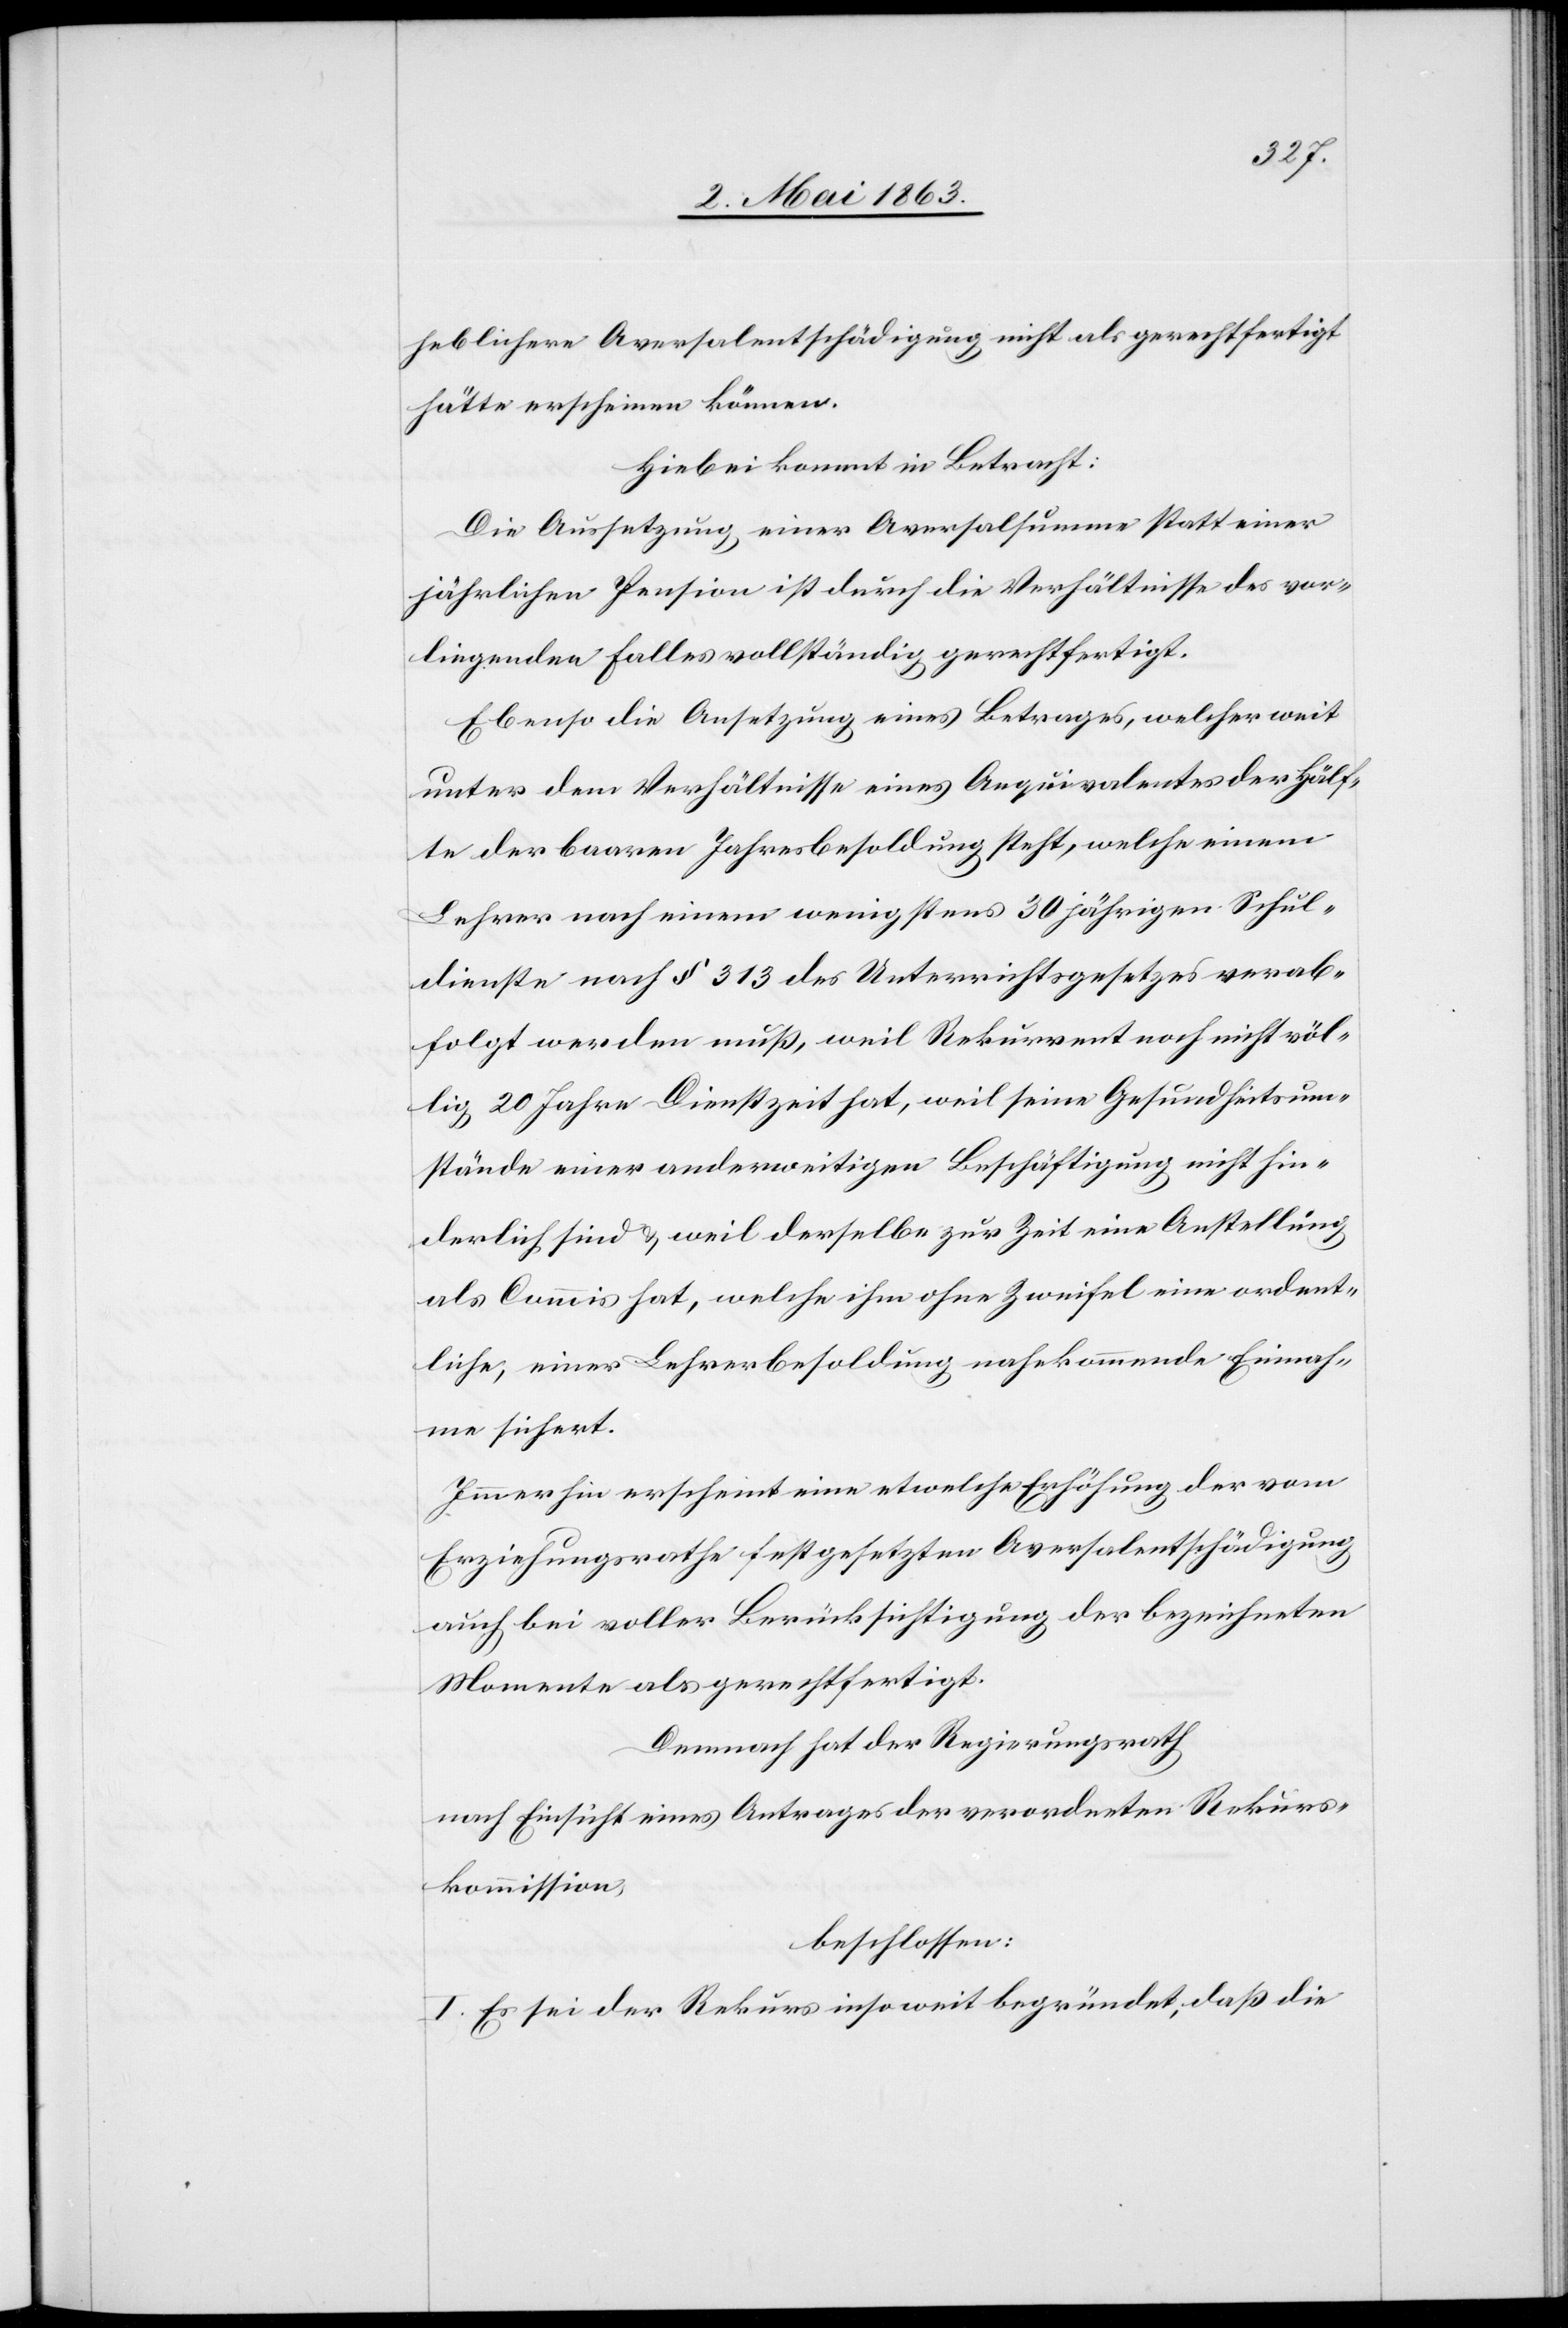
heblichere Aversalentschädigung nicht als gerechtfertigt
hätte erscheinen können.
Hiebei kommt in Betracht:
Die Aussetzung einer Aversalsumme statt einer
jährlichen Pension ist durch die Verhältnisse des vor¬
liegenden Falles vollständig gerechtfertigt.
Ebenso die Ansetzung eines Betrages, welcher weit
unter dem Verhältnisse eines Aequivalentes der Hälf¬
te der baaren Jahresbesoldung steht, welche einem
Lehrer nach einem wenigstens 30 jährigen Schul¬
dienste nach § 313 des Unterrichtsgesetzes verab¬
folgt werden muß, weil Rekurrent nicht völl¬
ig 20 Jahre Dienstzeit hat, weil seine Gesundheitsum¬
stände einer anderweitigen Beschäftigung nicht hin¬
derlich sind & weil derselbe zur Zeit eine Anstellung
als Commis hat, welche ihm ohne Zweifel eine ordent¬
liche, einer Lehrerbesoldung nahekommende Einnah¬
me sichert.
Immerhin erscheint eine etwelche Erhöhung der vom
Erziehungsrathe festgesetzten Aversalentschädigung
auch bei voller Berücksichtigung der bezeichneten
Momente als gerechtfertigt.
Demnach hat der Regierungsrath
nach Einsicht eines Antrages der verordneten Rekurs¬
kommission,
beschlossen:
I. Es sei der Rekurs insoweit begründet, daß die